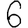
Digit: 6